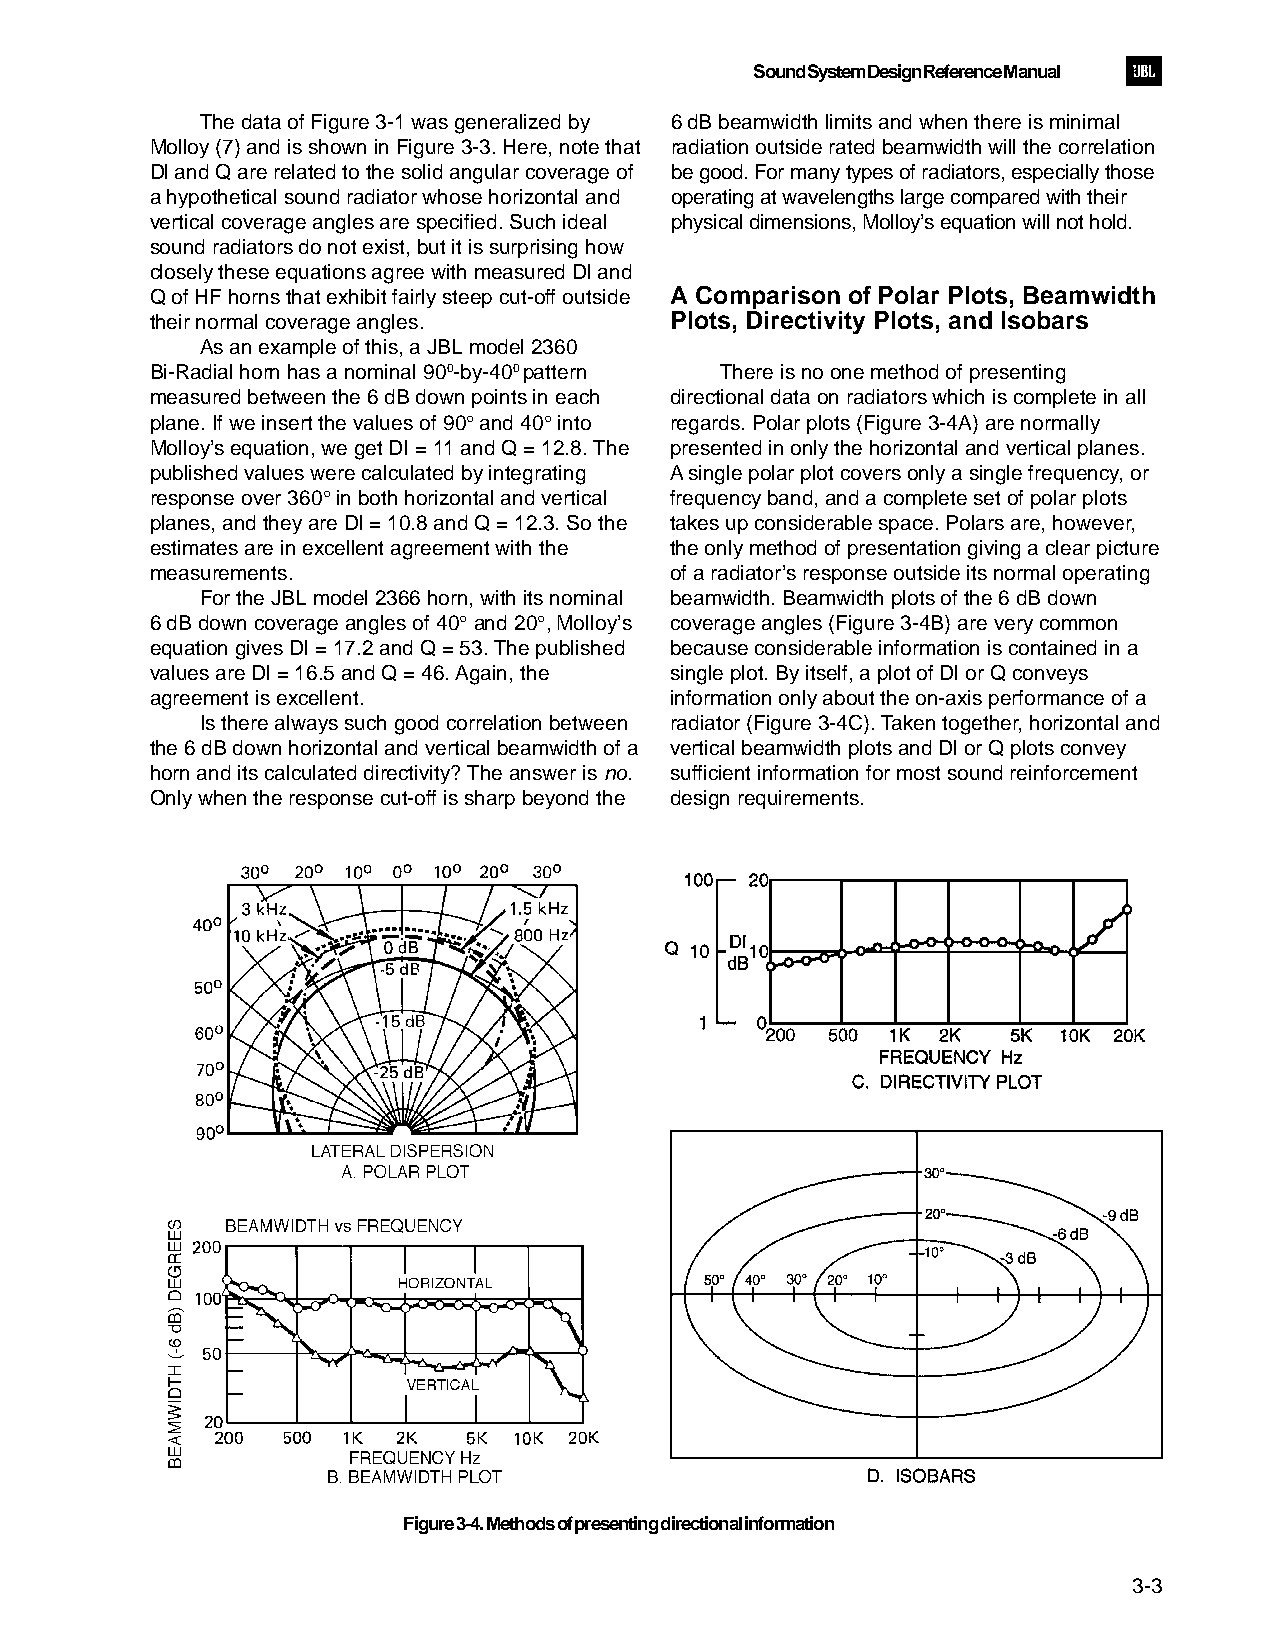
Sound System Design Reference Manual
 The data of Figure 3-1 was generalized by 6 dB beamwidth limits and when there is minimal
 Molloy (7) and is shown in Figure 3-3. Here, note that radiation outside rated beamwidth will the correlation
 Dl and Q are related to the solid angular coverage of be good. For many types of radiators, especially those
 a hypothetical sound radiator whose horizontal and operating at wavelengths large compared with their
 vertical coverage angles are specified. Such ideal physical dimensions, Molloy’s equation will not hold.
 sound radiators do not exist, but it is surprising how
 closely these equations agree with measured Dl and
 Q of HF horns that exhibit fairly steep cut-off outside A Comparison of Polar Plots, Beamwidth
 their normal coverage angles.     Plots, Directivity Plots, and Isobars
 As an example of this, a JBL model 2360
 Bi-Radial horn has a nominal 900-by-400 pattern There is no one method of presenting
 measured between the 6 dB down points in each directional data on radiators which is complete in all
 plane. If we insert the values of 90° and 40° into regards. Polar plots (Figure 3-4A) are normally
 Molloy’s equation, we get DI = 11 and Q = 12.8. The presented in only the horizontal and vertical planes.
 published values were calculated by integrating A single polar plot covers only a single frequency, or
 response over 360° in both horizontal and vertical frequency band, and a complete set of polar plots
 planes, and they are Dl = 10.8 and Q = 12.3. So the takes up considerable space. Polars are, however,
 estimates are in excellent agreement with the the only method of presentation giving a clear picture
 measurements.                     of a radiator’s response outside its normal operating
 For the JBL model 2366 horn, with its nominal beamwidth. Beamwidth plots of the 6 dB down
 6 dB down coverage angles of 40° and 20°, Molloy’s coverage angles (Figure 3-4B) are very common
 equation gives Dl = 17.2 and Q = 53. The published because considerable information is contained in a
 values are Dl = 16.5 and Q = 46. Again, the single plot. By itself, a plot of Dl or Q conveys
 agreement is excellent.           information only about the on-axis performance of a
 Is there always such good correlation between radiator (Figure 3-4C). Taken together, horizontal and
 the 6 dB down horizontal and vertical beamwidth of a vertical beamwidth plots and Dl or Q plots convey
 horn and its calculated directivity? The answer is no. sufficient information for most sound reinforcement
 Only when the response cut-off is sharp beyond the design requirements.
 Figure 3-4. Methods of presenting directional information
 3-3